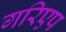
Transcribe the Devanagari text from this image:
गरिएप